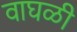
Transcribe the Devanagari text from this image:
वाघळी